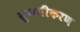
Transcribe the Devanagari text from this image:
सुगमीकरण